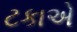
ટકાએ